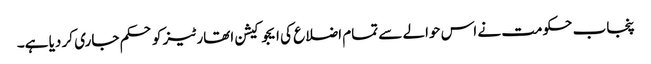
پنجاب حکومت نے اس حوالے سے تمام اضلاع کی ایجوکیشن اتھارٹیز کو حکم جاری کر دیا ہے۔